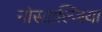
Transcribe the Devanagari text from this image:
नोस्टाल्जिया